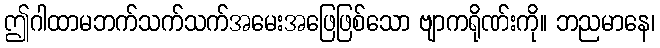
ဤဂါထာမဘက်သက်သက်အမေးအဖြေဖြစ်သော ဗျာကရိုဏ်းကို။ ဘညမာနေ၊